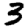
Digit: 3